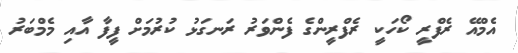
އެމްއޭ ރެފްރީ ކޯހަކީ ރެފްރީންގެ ފެންވަރު ރަނގަޅު ކުރުމަށް ފީފާ އާއި މެމްބަރު